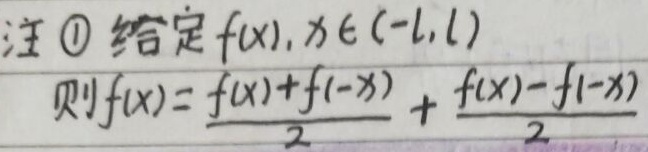
注：\textcircled{1} 给定\(f(x),x\in(-l,l)\)，则\(f(x)=\frac{f(x)+f(-x)}{2}+\frac{f(x)-f(-x)}{2}\)